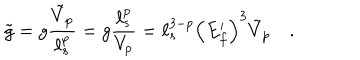
{ \tilde { g } } = g { \frac { { \tilde { V } } _ { p } } { \ell _ { s } ^ { p } } } = g { \frac { \ell _ { s } ^ { p } } { V _ { p } } } = \ell _ { s } ^ { 3 - p } \left( E _ { f } ^ { \prime } \right) ^ { 3 } { \tilde { V } } _ { p } \quad .